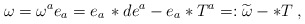
\begin{align*}\omega =\omega ^{a}e_{a}=e_{a}\, \ast de^{a}-e_{a}\ast T^{a}=:\widetilde{\omega }-\ast T\; ,\end{align*}